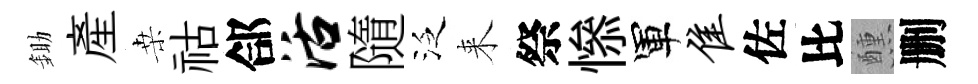
鋤産桒祜郃活隨泛来祭𢡖軍隹佐比醺删